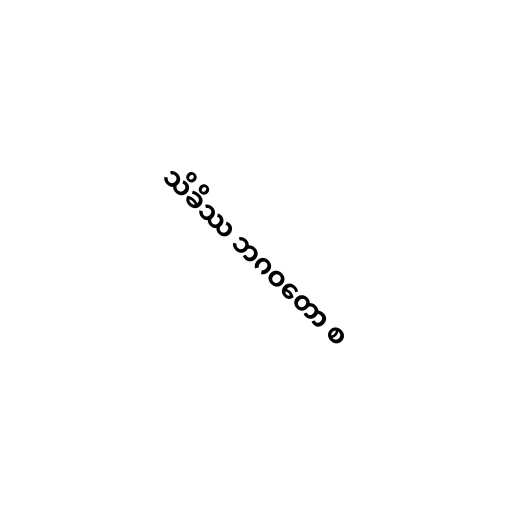
သိခိဿ ဘဂဝတော စ